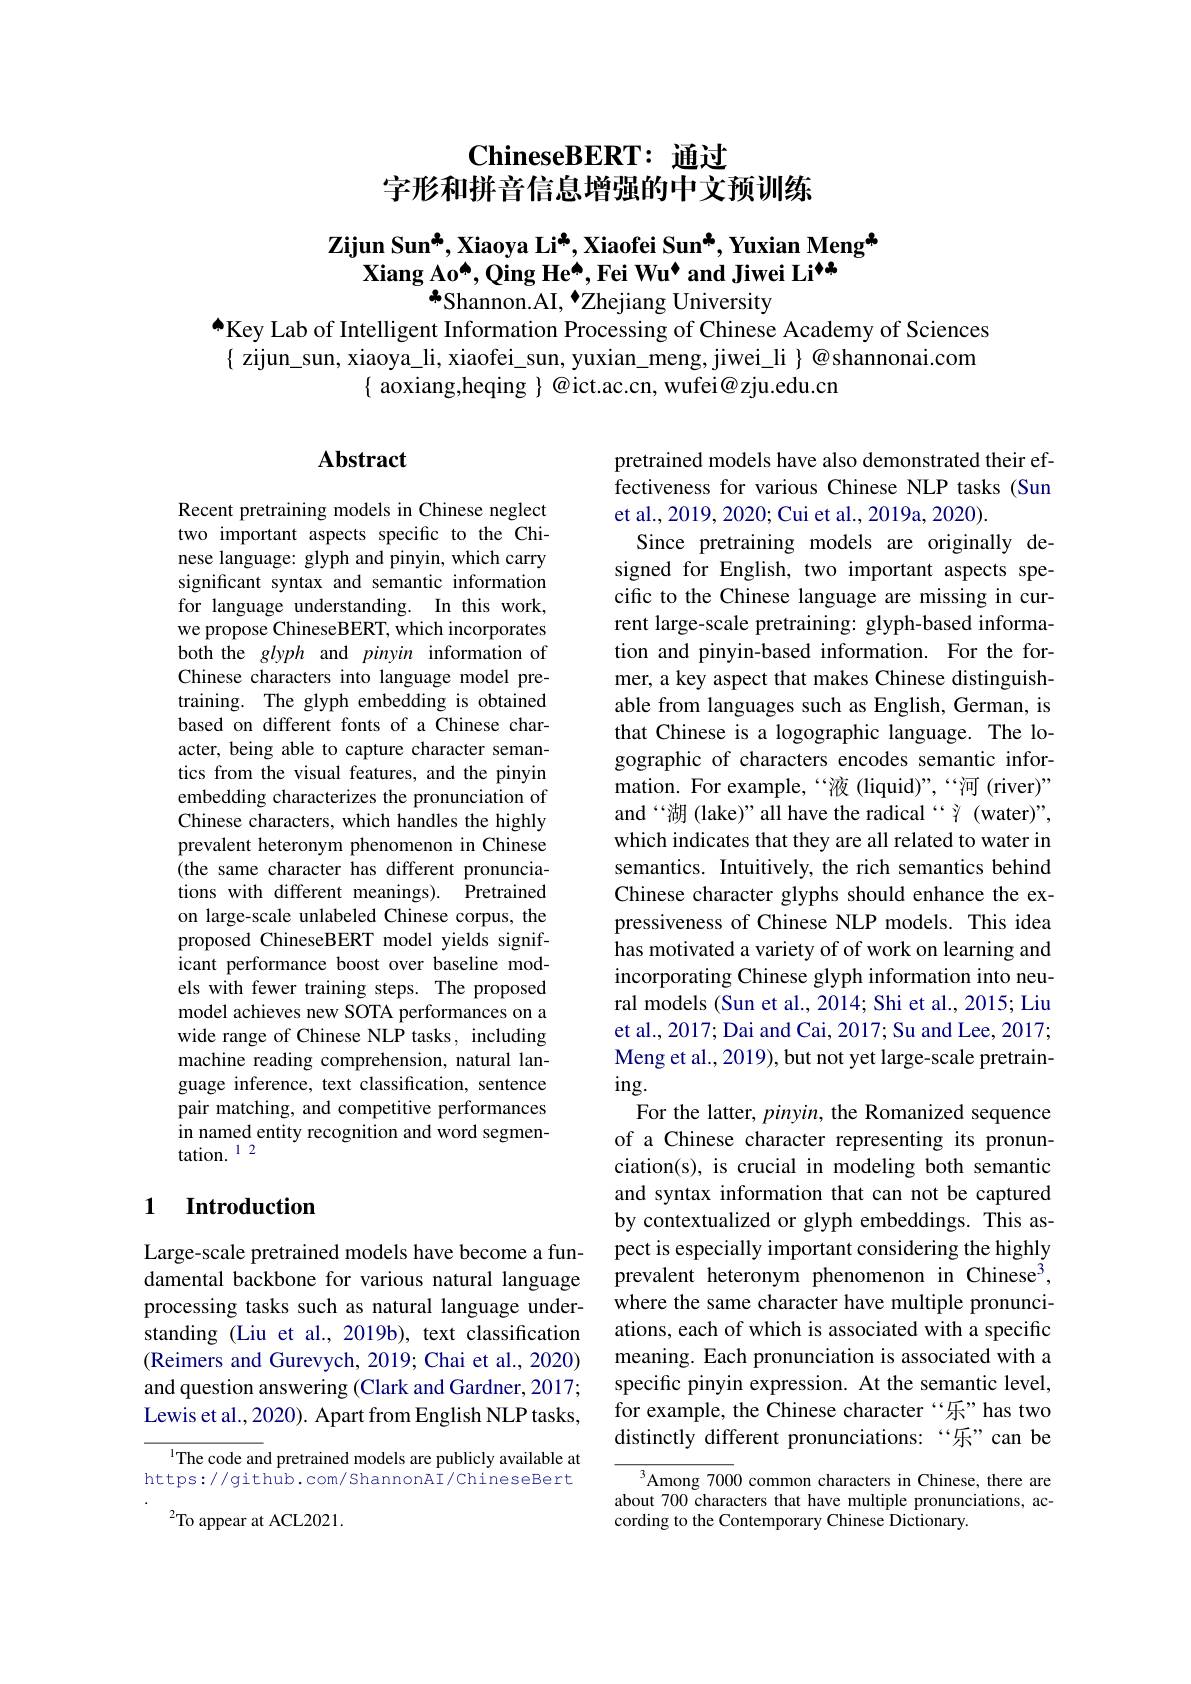
# $\textbf{ChineseBERT: 通 过 }$
字形和拼音信息增强的中文预训练

$\textbf{Zijun Sun}^{*}$,Xiaoya Li$^*$,Xiaofei Sun$^*$,Yuxian Meng$^*$
$\textbf{Xiang Ao}^{\spadesuit},\text{Qing He}^{\spadesuit}$,Fei Wu$^{\spadesuit}$ and Jiwei Li$^{\spadesuit}$
*Shannon.AI, $\bullet$Zhejiang University

AKey Lab of Intelligent Information Processing of Chinese Academy of Sciences $\{$ zijun\_sun, xiaoya\_li, xiaofei\_sun, yuxian\_meng, jiwei\_li $\}$ @shannonai.com
$\{$ aoxiang,heqing $\}@$ict.ac.cn, wufei@zju.edu.cn

## $\mathbf{Abstract}$

Recent pretraining models in Chinese neglect two important aspects specific to the Chinese language: glyph and pinyin, which carry significant syntax and semantic information for language understanding. In this work, we propose ChineseBERT, which incorporates both the glyph and pinyin information of Chinese characters into language model pretraining. The glyph embedding is obtained based on different fonts of a Chinese character, being able to capture character semantics from the visual features, and the pinyin embedding characterizes the pronunciation of Chinese characters, which handles the highly prevalent heteronym phenomenon in Chinese (the same character has different pronunciations with different meanings). Pretrained on large-scale unlabeled Chinese corpus, the proposed ChineseBERT model yields significant performance boost over baseline models with fewer training steps. The proposed model achieves new SOTA performances on a wide range of Chinese NLP tasks, including machine reading comprehension, natural language inference, text classification, sentence pair matching, and competitive performances in named entity recognition and word segmentation. 12

pretrained models have also demonstrated their effectiveness for various Chinese NLP tasks (Sun et al., 2019, 2020; Cui et al., 2019a, 2020).
Since pretraining models are originally designed for English, two important aspects specific to the Chinese language are missing in current large-scale pretraining: glyph-based information and pinyin-based information. For the former, a key aspect that makes Chinese distinguishable from languages such as English, German, is that Chinese is a logographic language. The logographic of characters encodes semantic information. For example,“液(liquid)”,“河(river)” and“湖 (lake)” all have the radical“Y (water)”, which indicates that they are all related to water in semantics. Intuitively, the rich semantics behind Chinese character glyphs should enhance the expressiveness of Chinese NLP models. This idea has motivated a variety of of work on learning and incorporating Chinese glyph information into neural models (Sun et al., 2014; Shi et al., 2015; Liu et al., 2017; Dai and Cai, 2017; Su and Lee, 2017; Meng et al., 2019), but not yet large-scale pretrain- $ing.$
For the latter, $pinyin$, the Romanized sequence of a Chinese character representing its pronunciation(s), is crucial in modeling both semantic and syntax information that can not be captured by contextualized or glyph embeddings. This aspect is especially important considering the highly prevalent heteronym phenomenon in Chinese$^3$, where the same character have multiple pronunciations, each of which is associated with a specific meaning. Each pronunciation is associated with a specific pinyin expression. At the semantic level, for example, the Chinese character“乐”has two distinctly different pronunciations:“乐”can be
$^3$Among 7000 common characters in Chinese, there are

## 1 Introduction

Large-scale pretrained models have become a fundamental backbone for various natural language processing tasks such as natural language understanding (Liu et al., 2019b), text classification (Reimers and Gurevych, 2019; Chai et al., 2020) and question answering (Clark and Gardner, 2017; Lewis et al., 2020). Apart from English NLP tasks,

l The code and pretrained models are publicly available at https://github.com/ShannonAI/ChineseBert

$^2$To appear at ACL2021.

about 700 characters that have multiple pronunciations, ac-
cording to the Contemporary Chinese Dictionary.